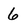
Character: 6